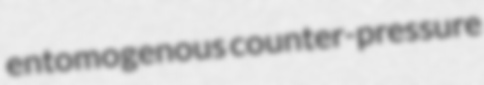
entomogenous counter-pressure